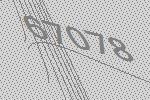
67078